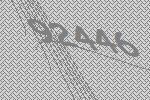
92446